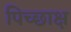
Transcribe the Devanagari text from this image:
पिच्छाक्ष